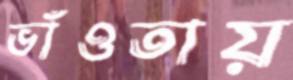
ভাঁওতায়